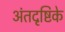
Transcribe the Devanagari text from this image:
अंतदृष्टिके